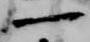
一